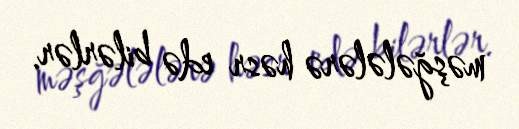
məşğələlərə həsr edə bilərlər.